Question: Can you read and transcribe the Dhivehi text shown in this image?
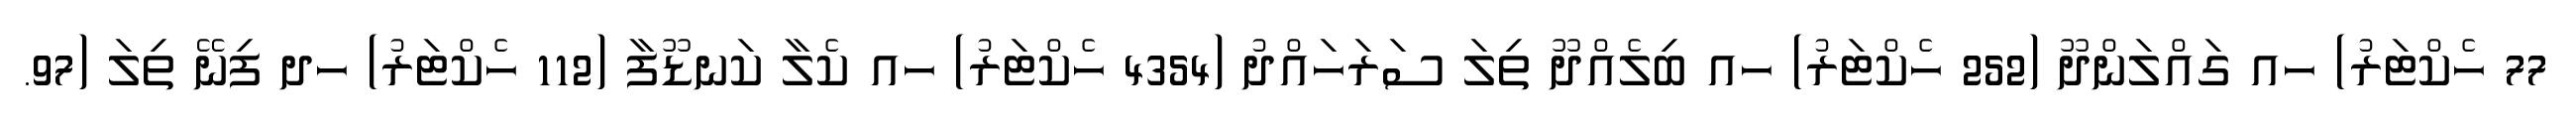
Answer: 77 ހެކްޓަރު) ހއ ގައްލަންދޫ (252 ހެކްޓަރު) ހއ ބިލެއްދޫ ތިލަ ސަރަހައްދު (4354 ހެކްޓަރު) ހއ ކެލާ ކަނޑޫފާ (112 ހެކްޓަރު) ހދ ފިނޭ ތިލަ (97.